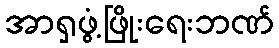
အာရှဖွံ့ဖြိုးရေးဘဏ်